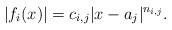
LaTeX: \begin{align*} |f_i(x)| = c_{i,j} |x-a_j|^{n_{i,j}}.\end{align*}